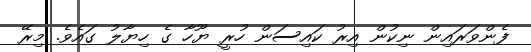
ފެންވަރައިން ނިކުން އިރު ކައިސަން ހުރީ ޔޫހާ ގެ ހިޔާލު ގައެވެ. މިރޭ